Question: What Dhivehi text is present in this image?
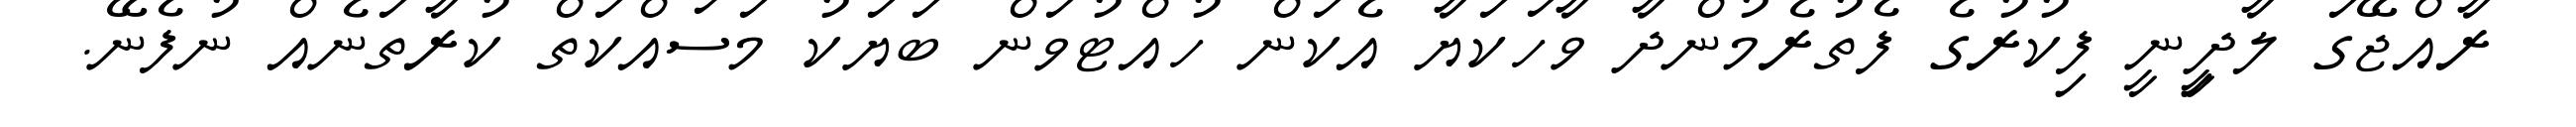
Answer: ރާއްޖޭގަ ލާދިީނީ ފިކުރުގެ ފެތުރެމުންދާ ވާހަކަޔާ އެކަން ހުއްޓުވަން ބަޔަކު މަސައްކަތް ކުރާތަނެއް ނުފެނޭ.